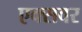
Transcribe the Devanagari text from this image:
एक्सवर